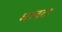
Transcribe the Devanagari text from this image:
धावटा